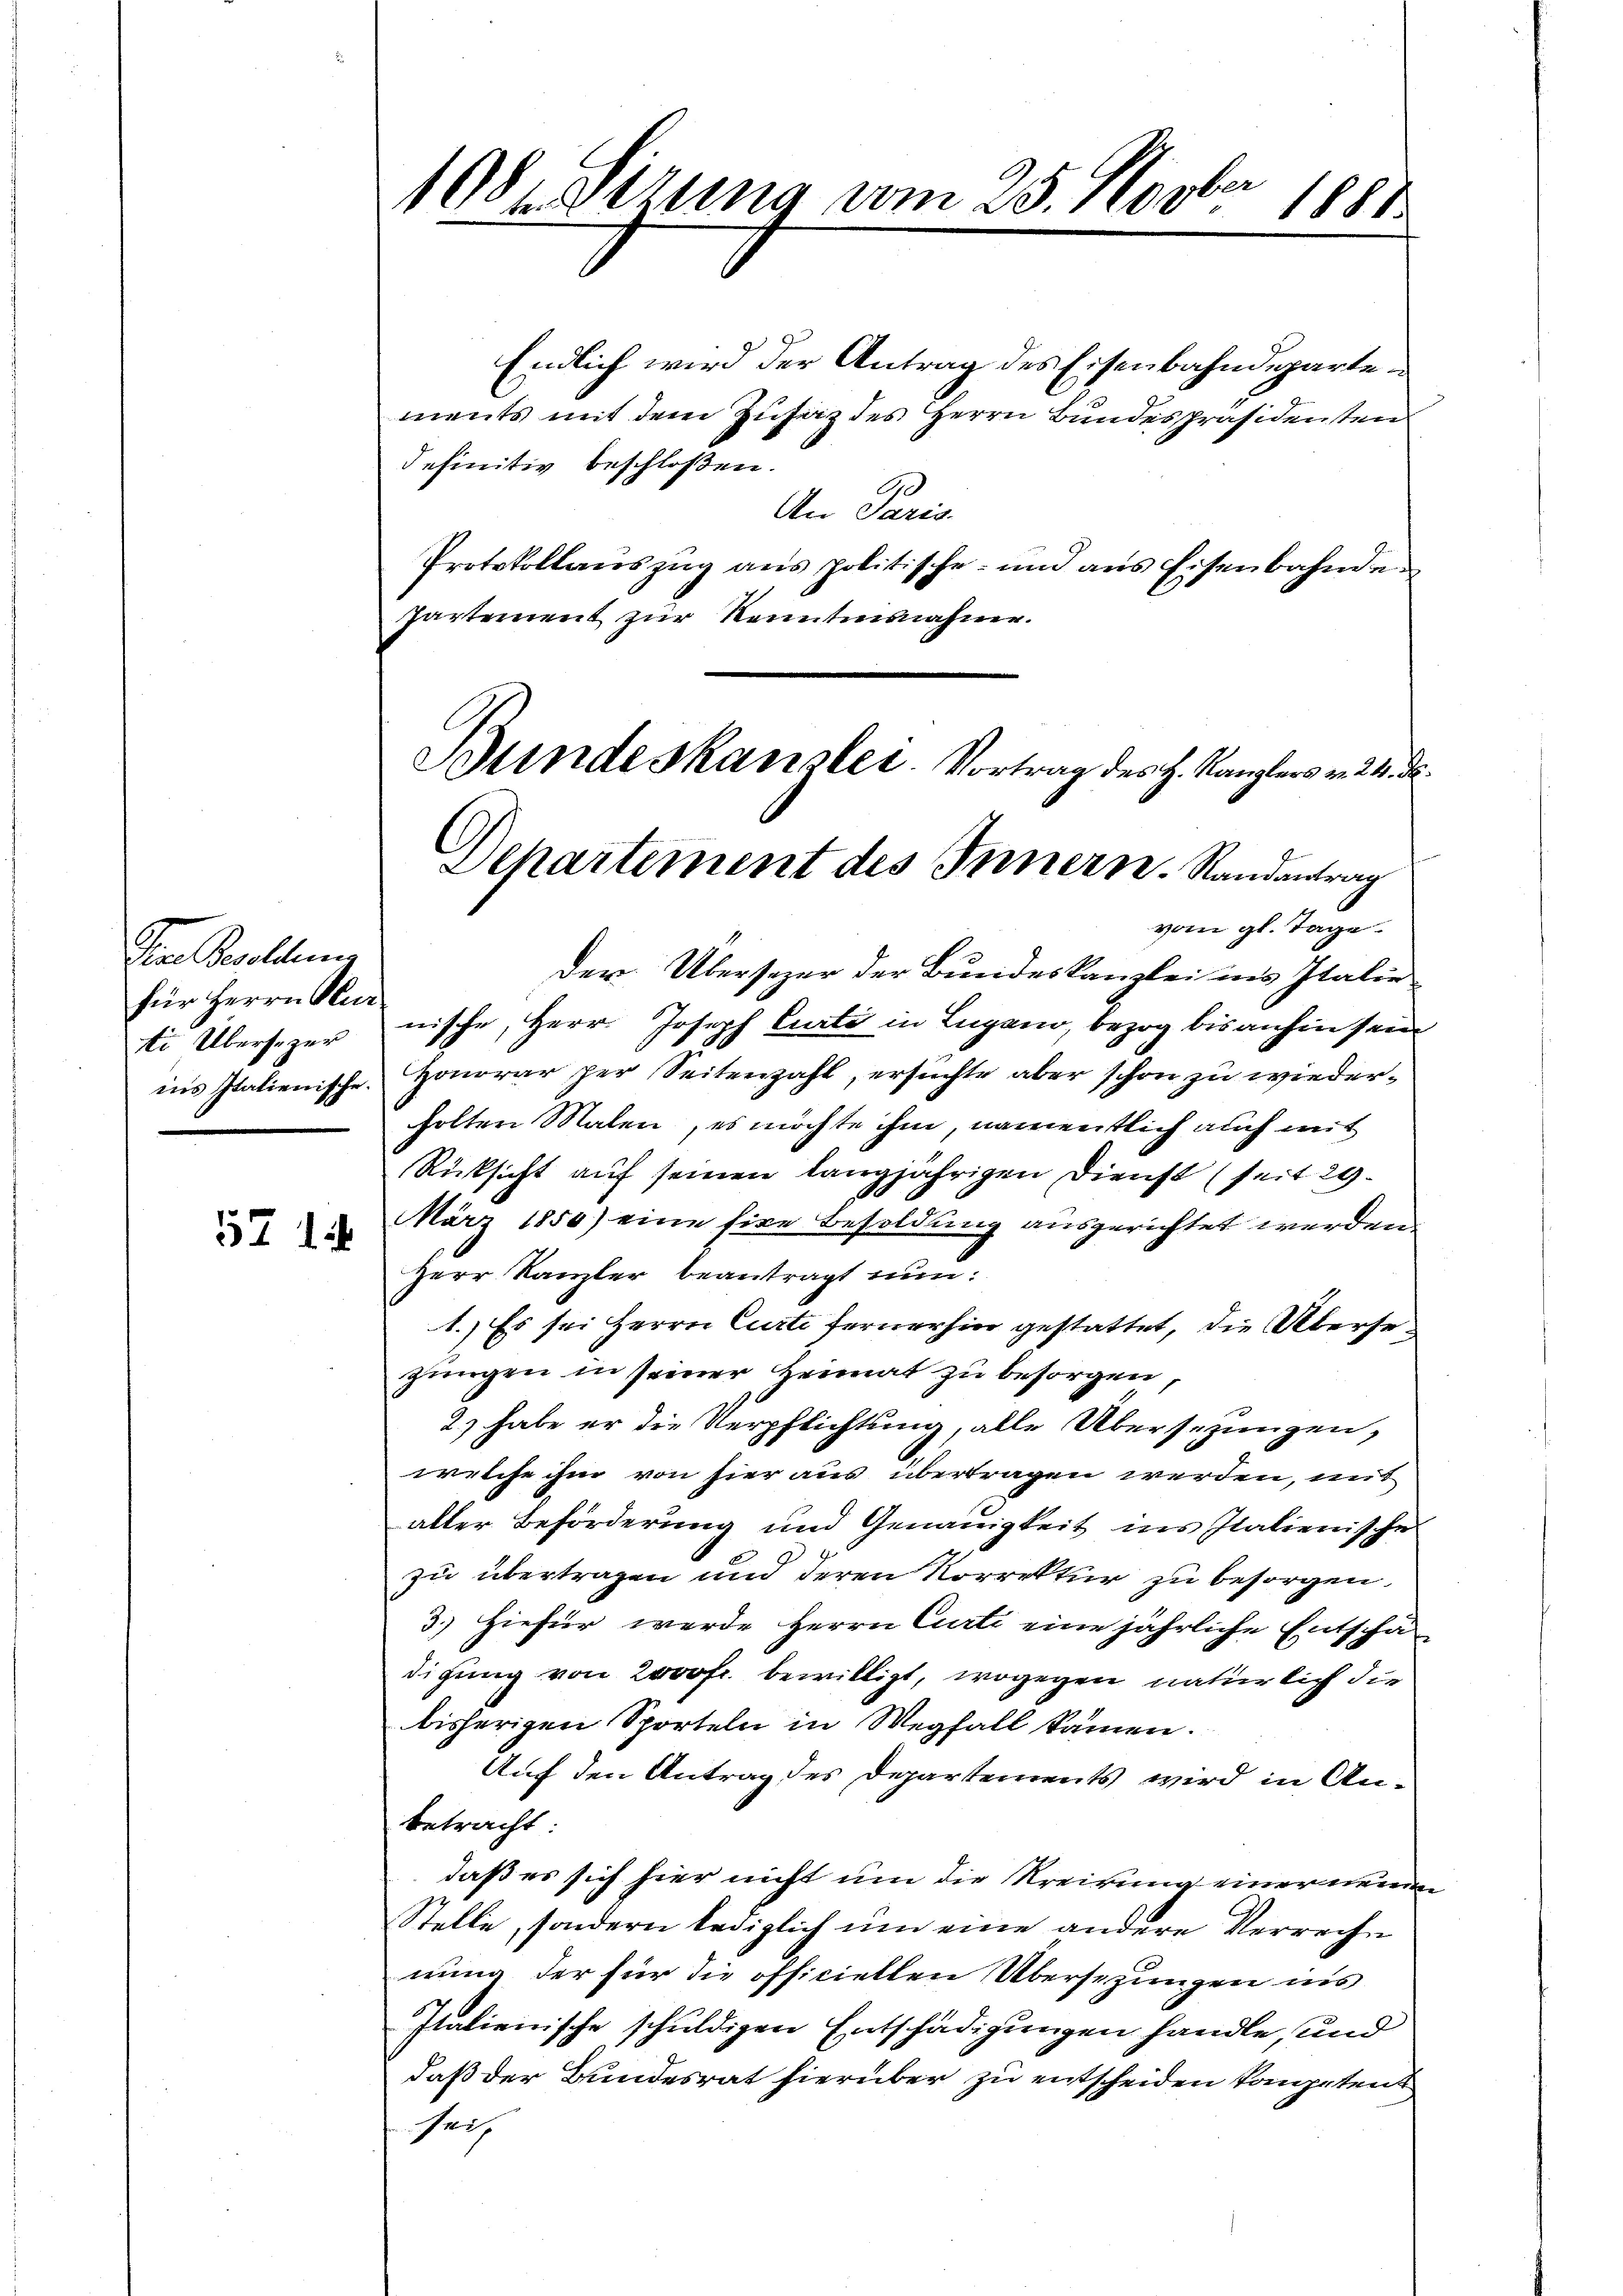
o Bevollens
für Herrn Kur¬

57 1

108. Sitzung vom 25. Novber
1881.

Endlich wird der Antrag des Eisenbahndepartements mit dem Zusatz des Herrn Bundespräsidenten
definitiv beschloßen.
An Paris.
Protokollaŭszŭg ans politische- und ans Eisenbahnden
Parternent zur Kenntnisnahme.

Bundeskanzlei- Vortrag des H. Kanzlers v. 24. d.
Dehartement des Innern. Randantrag
vom gl. Tage.

Der Übersezer der Bundeskanzlei ins Italie
ti Übersezernische, Herr Joseph Carte in Lugano, bezog bis anhin sein
ins Italienische. Honorar per Seitenzahl, ersuchte aber schon zu wiederholten Malen, es möchte ihm, namentlich auch mit
Rücksicht auf seinen langjährigen Dienst (seit 29.
März 1858) eine fire Besoldung ausgerichtet werden.
Herr Kanzler beantragt nun:
1.) Es sei Herrn Curti fernerhin gestattet, die Übersezungen in seiner Heimat zu besorgen,
2) habe er die Verpflichtung, alle Übersezungen,
welche ihm von hier aus übertragen werden, mit
aller Beförderung und Genauigkeit ins Italienische
7
zu übertragen und deren Korrektur zu besorgen,
3.) Hiefür werde Herrn Curti eine jährliche Entschädigung von 2000fr. bewilligt, wogegen natürlich die
bisherigen Sporteln in Wegfall kämen.
Auf den Antrag des Departements wird in Anbetracht:
daß es sich hier nicht um die Kreisung einer neuen
Stelle, sondern lediglich um eine andere Verreche
nung der für die officiellen Übersezungen ins
Italienische schuldigen Entschädigungen handle, und
daß der Bundesrat hierüber zu entscheiden kompetend
setz